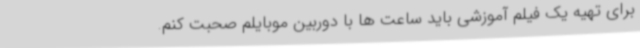
برای تهیه یک فیلم آموزشی باید ساعت ها با دوربین موبایلم صحبت کنم.